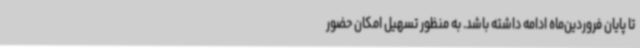
تا پایان فروردین‌ماه ادامه داشته باشد. به منظور تسهیل امکان حضور